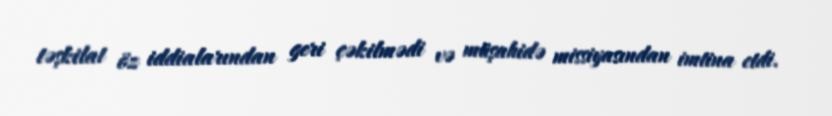
təşkilat öz iddialarından geri çəkilmədi və müşahidə missiyasından imtina etdi.